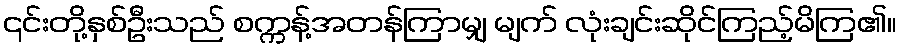
၎င်းတို့နှစ်ဦးသည် စက္ကန့်အတန်ကြာမျှ မျက် လုံးချင်းဆိုင်ကြည့်မိကြ၏။